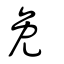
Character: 免